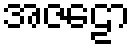
အဇဠော